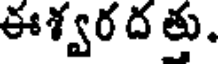
ఈశ్వర ద త్తు.